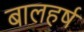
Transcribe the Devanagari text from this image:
बालहर्ष